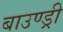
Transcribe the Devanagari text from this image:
बाउण्ड्री